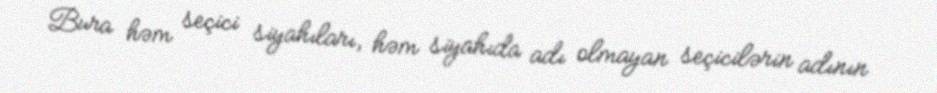
Bura həm seçici siyahıları, həm siyahıda adı olmayan seçicilərin adının